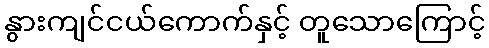
နွားကျင်ငယ်ကောက်နှင့် တူသောကြောင့်